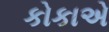
કોકાએ